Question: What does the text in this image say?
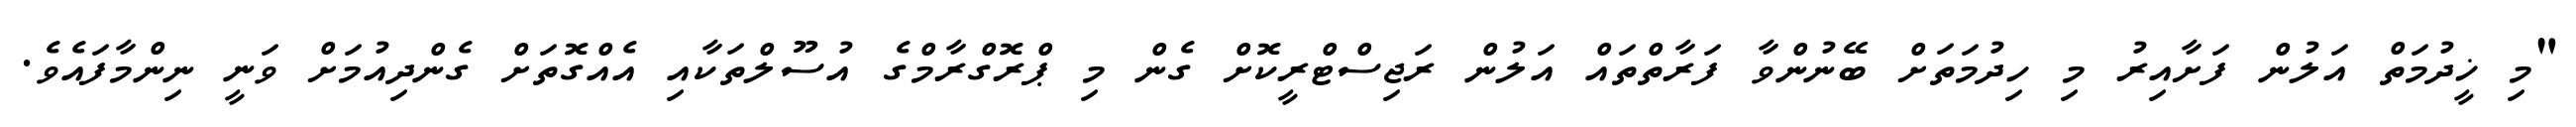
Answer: "މި ޚީދުމަތް އަލުން ފަށާއިރު މި ހިދުމަތަށް ބޭނުންވާ ފަރާތްތައް އަލުން ރަޖިސްޓްރީކޮށް ގެން މި ޕްރޮގްރާމްގެ އުސޫލްތަކާއި އެއްގޮތަށް ގެންދިއުމަށް ވަނީ ނިންމާފައެވެ.